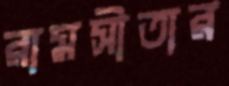
রামসীতার